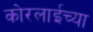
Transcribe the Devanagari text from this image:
कोरलाईच्या